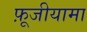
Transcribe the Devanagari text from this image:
फ़ूजीयामा